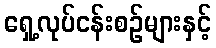
ရှေ့လုပ်ငန်းစဉ်များနှင့်